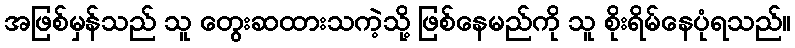
အဖြစ်မှန်သည် သူ တွေးဆထားသကဲ့သို့ ဖြစ်နေမည်ကို သူ စိုးရိမ်နေပုံရသည်။